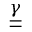
\underline { { \underline { { \gamma } } } }